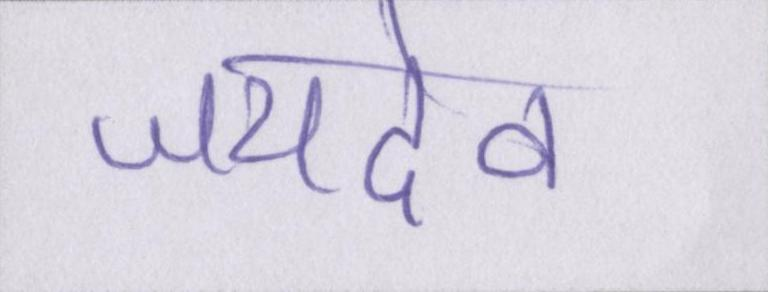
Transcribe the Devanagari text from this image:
जयदेव